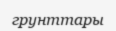
грунттары